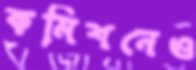
কমিশনেও